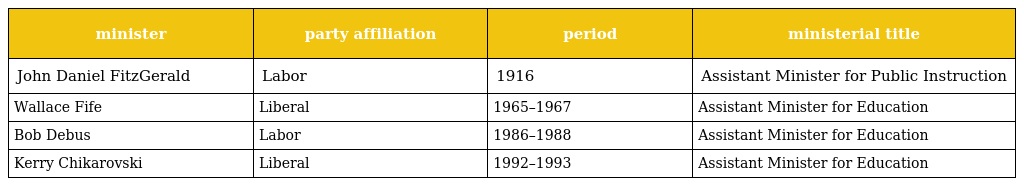
| minister | party affiliation | period | ministerial title |
 | --- | --- | --- | --- |
 | John Daniel FitzGerald | Labor | 1916 | Assistant Minister for Public Instruction |
 | Wallace Fife | Liberal | 1965–1967 | Assistant Minister for Education |
 | Bob Debus | Labor | 1986–1988 | Assistant Minister for Education |
 | Kerry Chikarovski | Liberal | 1992–1993 | Assistant Minister for Education |